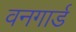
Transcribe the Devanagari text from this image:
वनगार्ड